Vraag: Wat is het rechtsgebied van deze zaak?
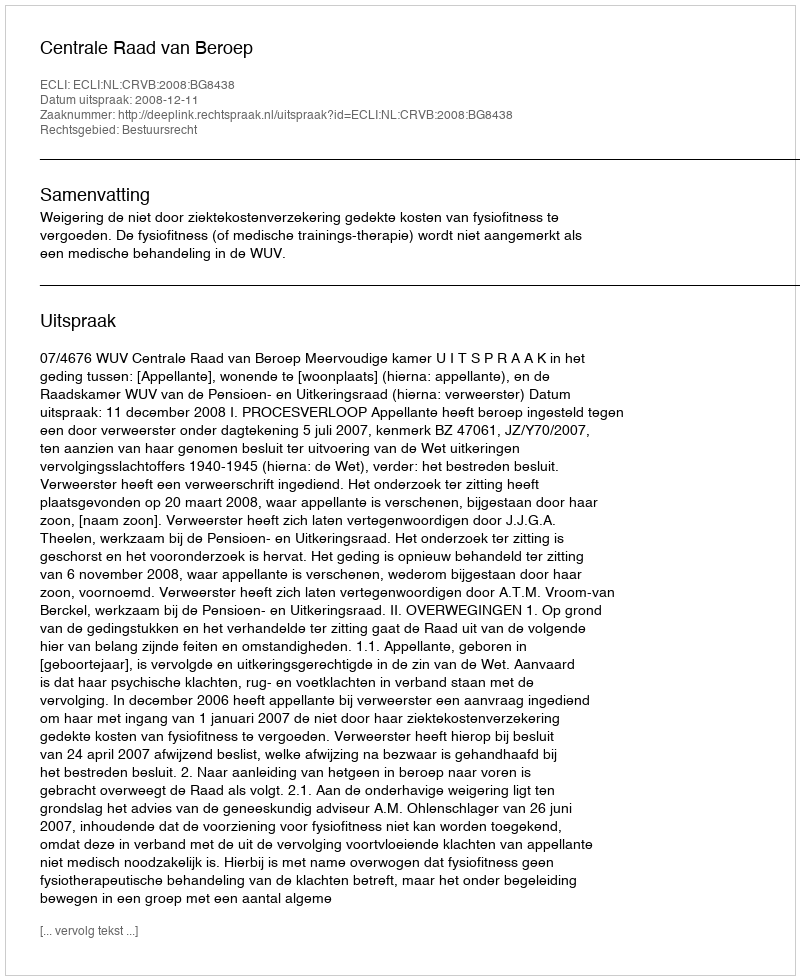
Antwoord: Bestuursrecht